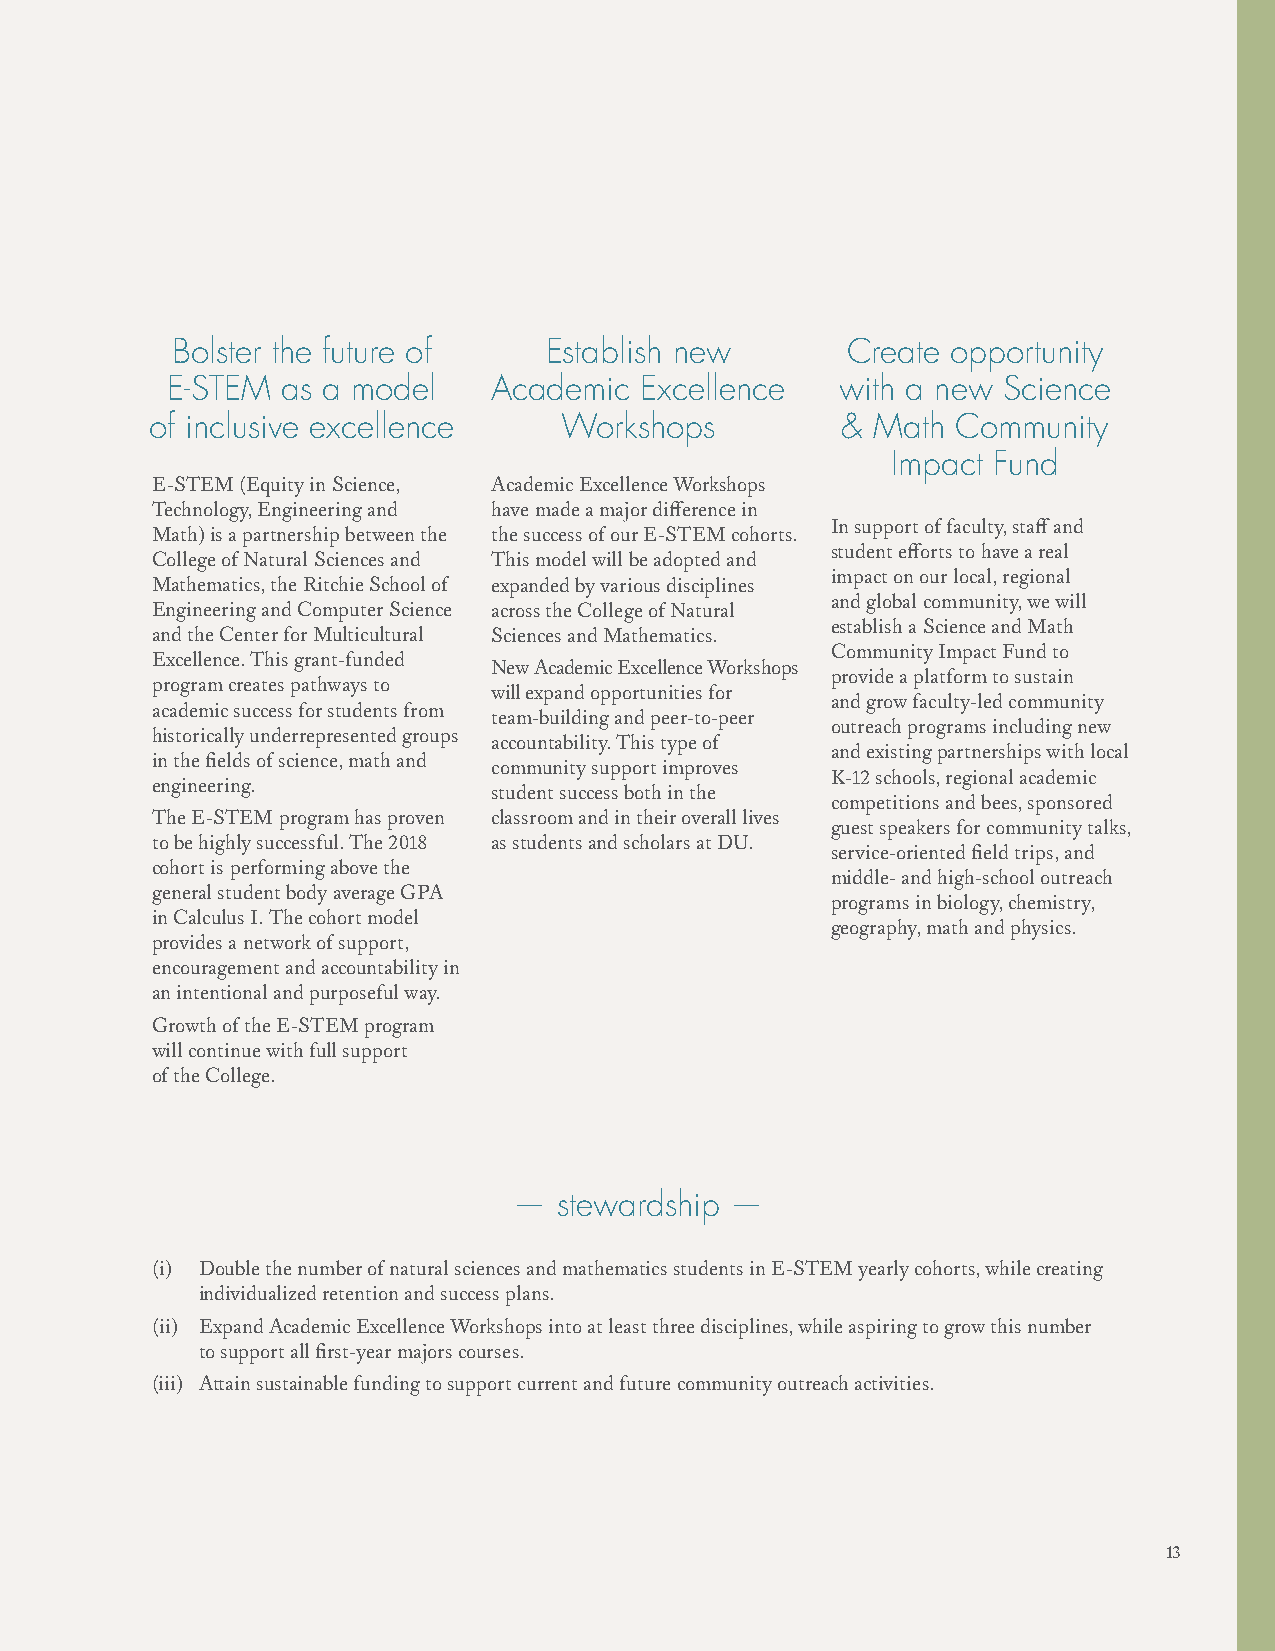
Bolster the future of    Establish new       Create opportunity
 E-STEM  as a model    Academic Excellence    with a new Science
 of inclusive excellence    Workshops          & Math Community
 Impact Fund
 E-STEM (Equity in Science, Academic Excellence Workshops
 Technology, Engineering and have made a major difference in
 In support of faculty, staff and
 Math) is a partnership between the the success of our E-STEM cohorts.
 student efforts to have a real
 College of Natural Sciences and This model will be adopted and
 impact on our local, regional
 Mathematics, the Ritchie School of expanded by various disciplines
 and global community, we will
 Engineering and Computer Science across the College of Natural
 establish a Science and Math
 and the Center for Multicultural Sciences and Mathematics.
 Community Impact Fund to
 Excellence. This grant-funded
 New Academic Excellence Workshops
 provide a platform to sustain
 program creates pathways to
 will expand opportunities for
 and grow faculty-led community
 academic success for students from
 team-building and peer-to-peer
 outreach programs including new
 historically underrepresented groups
 accountability. This type of
 and existing partnerships with local
 in the fields of science, math and
 community support improves
 K-12 schools, regional academic
 engineering.
 student success both in the
 competitions and bees, sponsored
 The E-STEM program has proven classroom and in their overall lives
 guest speakers for community talks,
 to be highly successful. The 2018 as students and scholars at DU.
 service-oriented field trips, and
 cohort is performing above the
 middle- and high-school outreach
 general student body average GPA
 programs in biology, chemistry,
 in Calculus I. The cohort model
 geography, math and physics.
 provides a network of support,
 encouragement and accountability in
 an intentional and purposeful way.
 Growth of the E-STEM program
 Build pathways that ensure equitable access
 will continue with full support
 of the College.
 to high-quality science and math education
 —  stewardship —
 (i) Double the number of natural sciences and mathematics students in E-STEM yearly cohorts, while creating
 individualized retention and success plans.
 (ii) Expand Academic Excellence Workshops into at least three disciplines, while aspiring to grow this number
 to support all first-year majors courses.
 (iii) Attain sustainable funding to support current and future community outreach activities.
 13